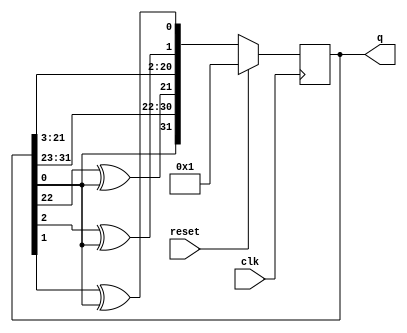
module top_module(
    input clk,
    input reset,    // Active-high synchronous reset to 32'h1
    output [31:0] q
); 
    reg [31:0] q_next;		
	always @(*) begin
        q_next = q[31:1];	
        q_next[31] = q[0];	
        q_next[21] = q[22] ^ q[0];
        q_next[1]  = q[2]  ^ q[0];
        q_next[0]  = q[1]  ^ q[0];
	end
	
	
	
	always @(posedge clk) begin
		if (reset)
			q <= 32'h1;
		else
			q <= q_next;
	end
	
endmodule